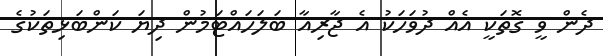
ދެން ވީ ގޮތަކީ އެއް ދުވަހަކު އެ ޖާރިއާ ބަލަހައްޓަމުން ދިޔަ ކަންބަޅިތަކުގެ